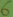
Text: 6